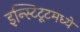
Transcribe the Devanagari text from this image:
इन्स्टिटूटमध्ये